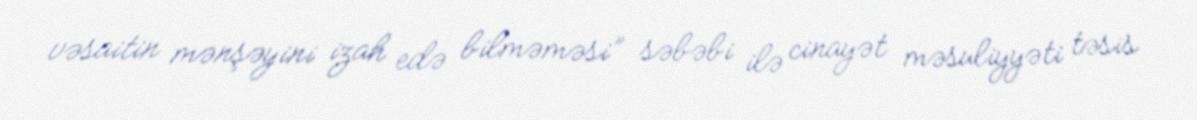
vəsaitin mənşəyini izah edə bilməməsi” səbəbi ilə cinayət məsuliyyəti təsis